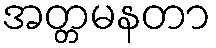
အတ္တမနတာ